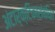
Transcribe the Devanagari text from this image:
अंटार्क्टिकासंबंधित